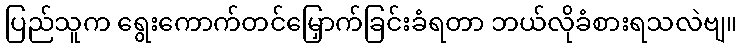
ပြည်သူက ရွေးကောက်တင်မြှောက်ခြင်းခံရတာ ဘယ်လိုခံစားရသလဲဗျ။